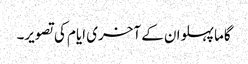
گاما پہلوان کے آخری ایام کی تصویر۔